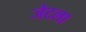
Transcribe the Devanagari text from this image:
जेटला